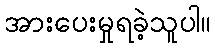
အားပေးမှုရခဲ့သူပါ။